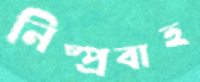
নিষ্প্রবাহ